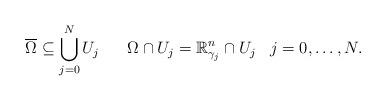
LaTeX: \begin{align*}\overline{\Omega} \subseteq \bigcup_{j=0}^N U_j\;\;\;\;\;\;\Omega\cap U_j = \mathbb{R}^n_{\gamma_j} \cap U_j\;\;\;j=0,\ldots,N.\end{align*}